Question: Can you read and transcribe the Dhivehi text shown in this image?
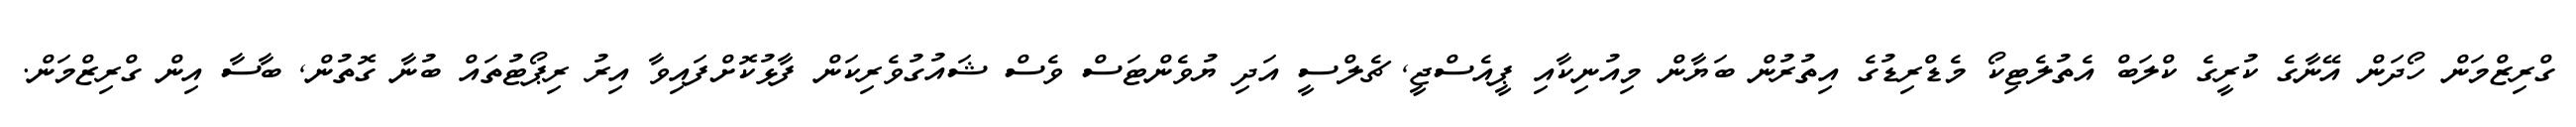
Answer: ގްރިޒްމަން ހޯދަން އޭނާގެ ކުރީގެ ކްލަބް އެތުލެޓިކޯ މެޑްރިޑުގެ އިތުރުން ބަޔާން މިއުނިކާއި ޕީއެސްޖީ, ޗެލްސީ އަދި ޔުވެންޓަސް ވެސް ޝައުގުވެރިކަން ފާޅުކޮށްފައިވާ އިރު ރިޕޯޓުތައް ބުނާ ގޮތުން, ބާސާ އިން ގްރިޒްމަން.